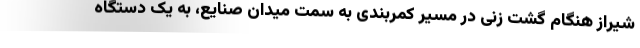
شیراز هنگام گشت زنی در مسیر کمربندی به سمت میدان صنایع، به یک دستگاه